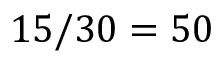
1 5 / 3 0 = 5 0 \